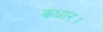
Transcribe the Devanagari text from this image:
कंधार।